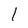
Character: 1